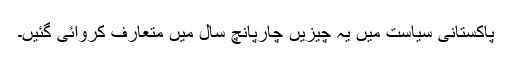
پاکستانی سیاست میں یہ چیزیں چارپانچ سال میں متعارف کروائی گئیں۔